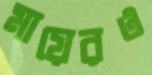
মায়েরও